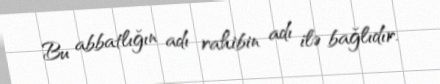
Bu abbatlığın adı rahibin adı ilə bağlıdır.